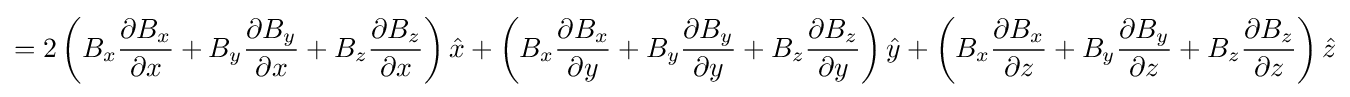
=2\left(B_{x}{\frac {\partial B_{x}}{\partial x}}+B_{y}{\frac {\partial B_{y}}{\partial x}}+B_{z}{\frac {\partial B_{z}}{\partial x}}\right){\hat {x}}+\left(B_{x}{\frac {\partial B_{x}}{\partial y}}+B_{y}{\frac {\partial B_{y}}{\partial y}}+B_{z}{\frac {\partial B_{z}}{\partial y}}\right){\hat {y}}+\left(B_{x}{\frac {\partial B_{x}}{\partial z}}+B_{y}{\frac {\partial B_{y}}{\partial z}}+B_{z}{\frac {\partial B_{z}}{\partial z}}\right){\hat {z}}